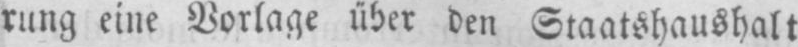
rung eine Vorlage über den Staatshaushalt